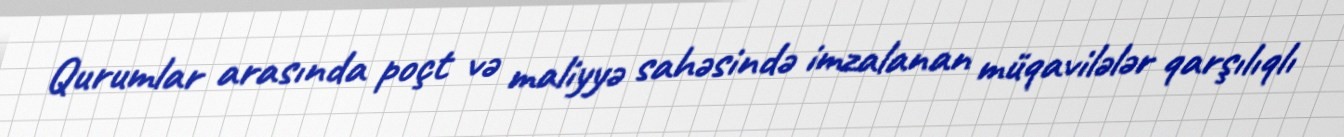
Qurumlar arasında poçt və maliyyə sahəsində imzalanan müqavilələr qarşılıqlı